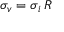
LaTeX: \sigma _ { v } = \sigma _ { i } \, R